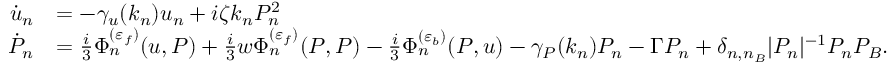
\begin{array} { r l } { \dot { u } _ { n } } & { = - \gamma _ { u } ( k _ { n } ) u _ { n } + i \zeta k _ { n } P _ { n } ^ { 2 } } \\ { \dot { P } _ { n } } & { = \frac { i } { 3 } \Phi _ { n } ^ { ( \varepsilon _ { f } ) } ( u , P ) + \frac { i } { 3 } w \Phi _ { n } ^ { ( \varepsilon _ { f } ) } ( P , P ) - \frac { i } { 3 } \Phi _ { n } ^ { ( \varepsilon _ { b } ) } ( P , u ) - \gamma _ { P } ( k _ { n } ) P _ { n } - \Gamma P _ { n } + \delta _ { n , n _ { B } } | P _ { n } | ^ { - 1 } P _ { n } P _ { B } . } \end{array}